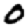
Digit: 0